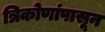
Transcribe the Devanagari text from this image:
त्रिकोणांपासून